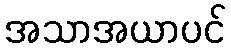
အသာအယာပင်